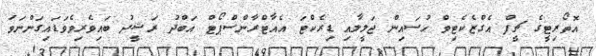
އޮތޯރިޓީގެ ޗީފް އެގްޒެކެޓިވް ހުސައިން ޖަލީލާއި ޑިރެކްޓަ އެއާޓްރާންސްޕޯޓް އަބްދު ރަޝީދު ބައިވެރިވެވަޑައިގަންނަވަ